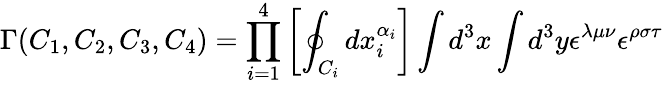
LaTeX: \Gamma(C_{1},C_{2},C_{3},C_{4})=\prod_{i=1}^{4}\left[\oint_{C_{i}}dx_{i}^{\alpha_{i}}\right]\int d^{3}x\int d^{3}y\epsilon^{\lambda\mu\nu}\epsilon^{\rho\sigma\tau}